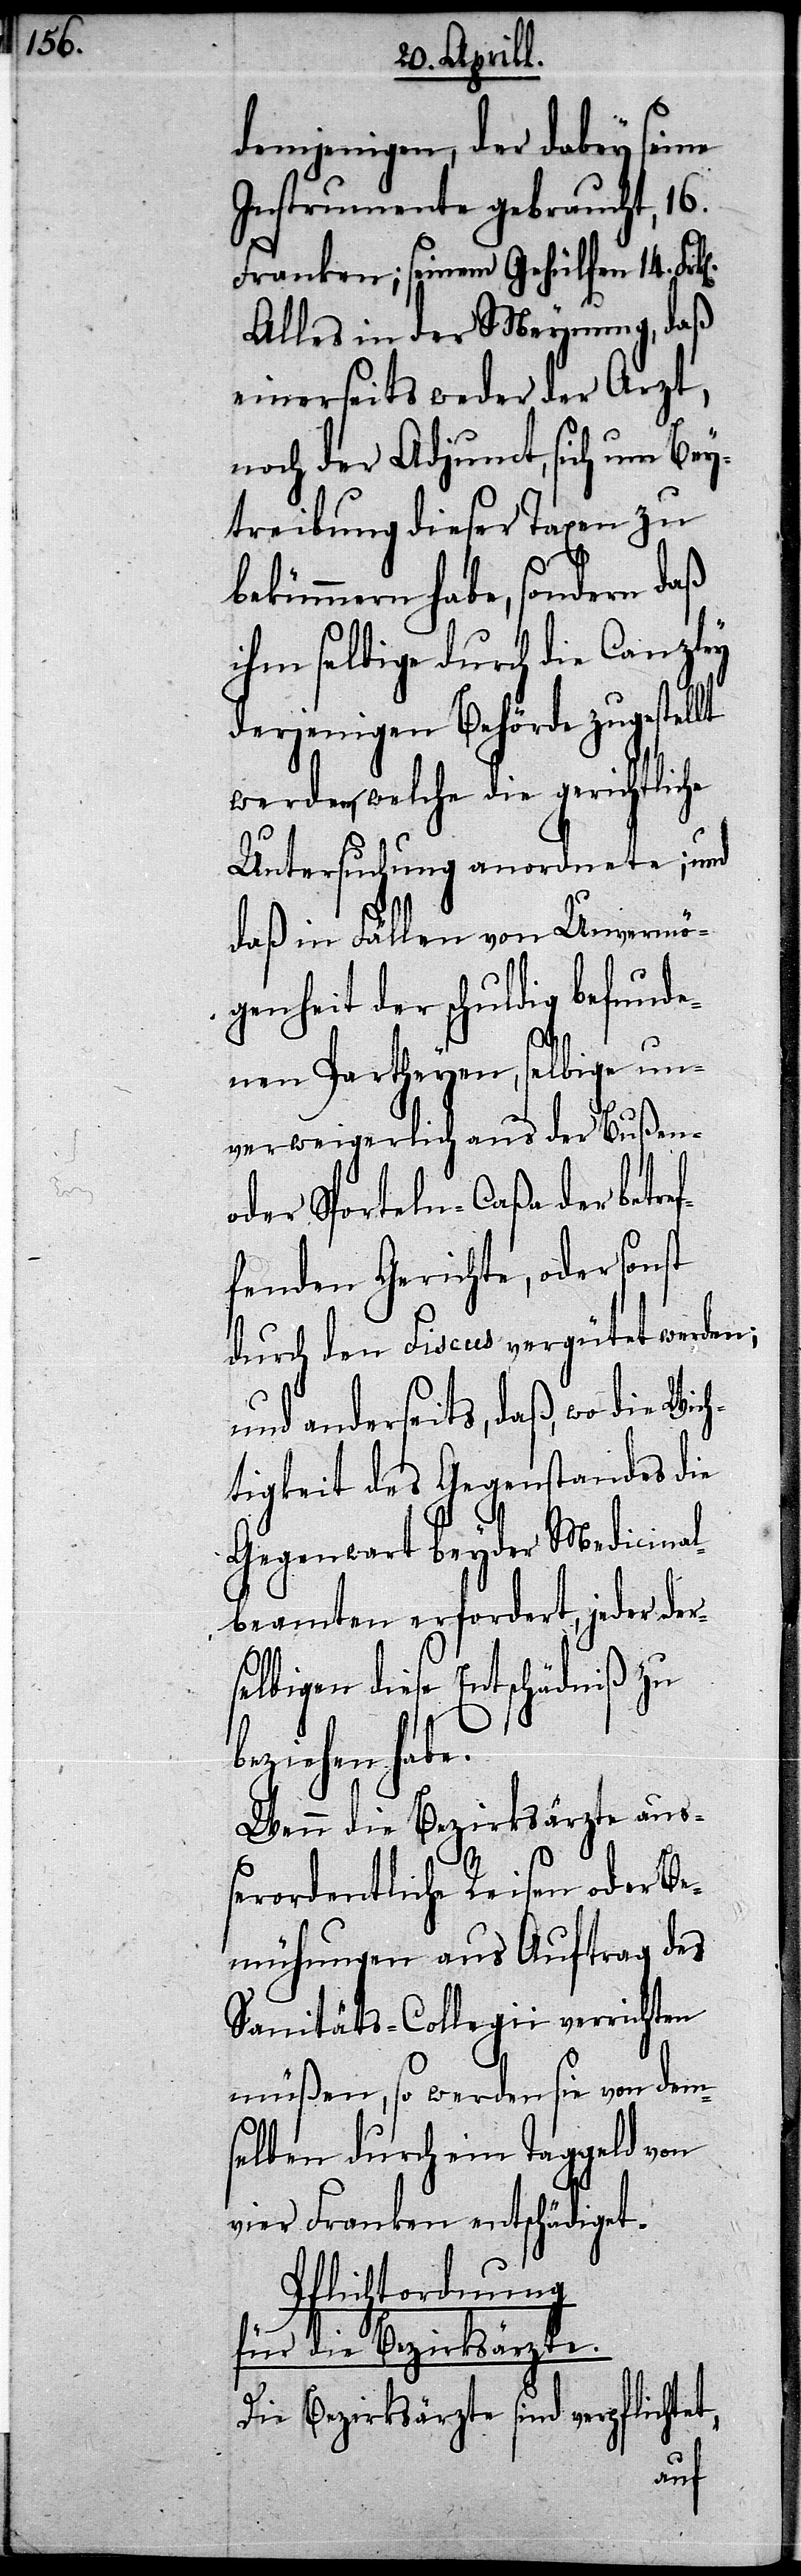
demjenigen, der dabey seine
Instrumente gebraucht, 16.
Franken; seinem Gehülfen 14.
Alles in der Meynung, daß
einerseits weder der Arzt,
noch der Adjunct, sich um Bey¬
treibung dieser Taxen zu
bekümmern habe, sondern daß
derjenigen Behörde zugestellt
welche die gerichtlic¬
Untersuchung anordnete; und
daß in Fällen von Unvermö¬
genheit der schuldig befunde¬
nen Partheyen, selbige un¬
verweigerlich aus der Bußen-
oder Sporteln-Caßa der betre¬
fenden Gerichte, oder sonst
durch den Fiscus vergütet werden;
und anderseits, daß, wo die Wic¬
htigkeit des Gegenstandes die
Gegenwart beyder Medicina¬
lbeamten erfordert, jeder der¬
selbigen diese Entschädniß zu
beziehen habe.
Wenn die Bezirksärzte au¬
ßerordentliche Reisen oder Be¬
mühungen aus Auftrag des
Sanitäts-Collegii verrichten
müßen, so werden sie von dem¬
selben durch ein Taggeld von
vier Franken entschädiget.
Pflichtordnung
für die Bezirksärzte.
Die Bezirksärzte sind verpflichte¬
t,